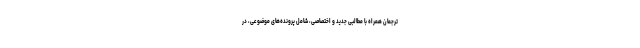
ترجمان همراه با مطالبی جدید و اختصاصی، شامل پرونده‌های موضوعی، در